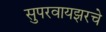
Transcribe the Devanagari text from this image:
सुपरवायझरचे